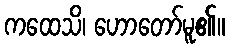
ကထေသိ၊ ဟောတော်မူ၏။